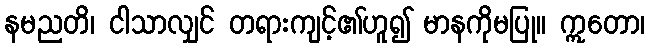
နမညတိ၊ ငါသာလျှင် တရားကျင့်၏ဟူ၍ မာနကိုမပြု။ ဣတော၊